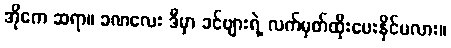
အိုကေ ဆရာ။ ခဏလေး ဒီမှာ ခင်ဗျားရဲ့ လက်မှတ်ထိုးပေးနိုင်မလား။